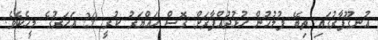
އުނގޫފާރުގައި ތިބޭ ފުލުހުން ހުޅުދުއްފާރަށް ގޮސް ހައްޔަރު ކުރީ 29 އަހަރުގެ މީހެކެވެ.